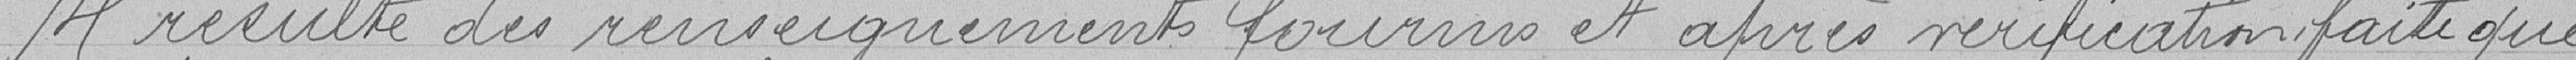
Il résulte des renseignements fournis et après vérification faite que